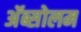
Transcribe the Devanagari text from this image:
अॅब्सोलम